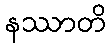
နဿာတိ